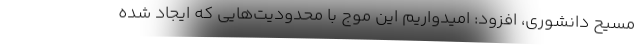
مسیح دانشوری، افزود: امیدواریم این موج با محدودیت‌هایی که ایجاد شده